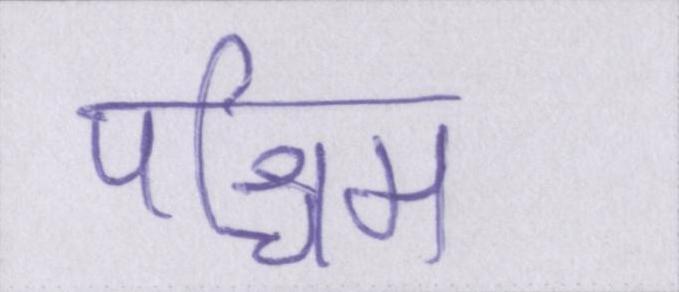
पश्चिम